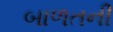
બાળતની